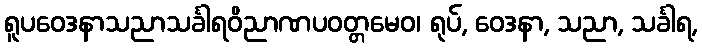
ရူပဝေဒနာသညာသင်္ခါရဝိညာဏပဝတ္တမေဝ၊ ရုပ်, ဝေဒနာ, သညာ, သင်္ခါရ,